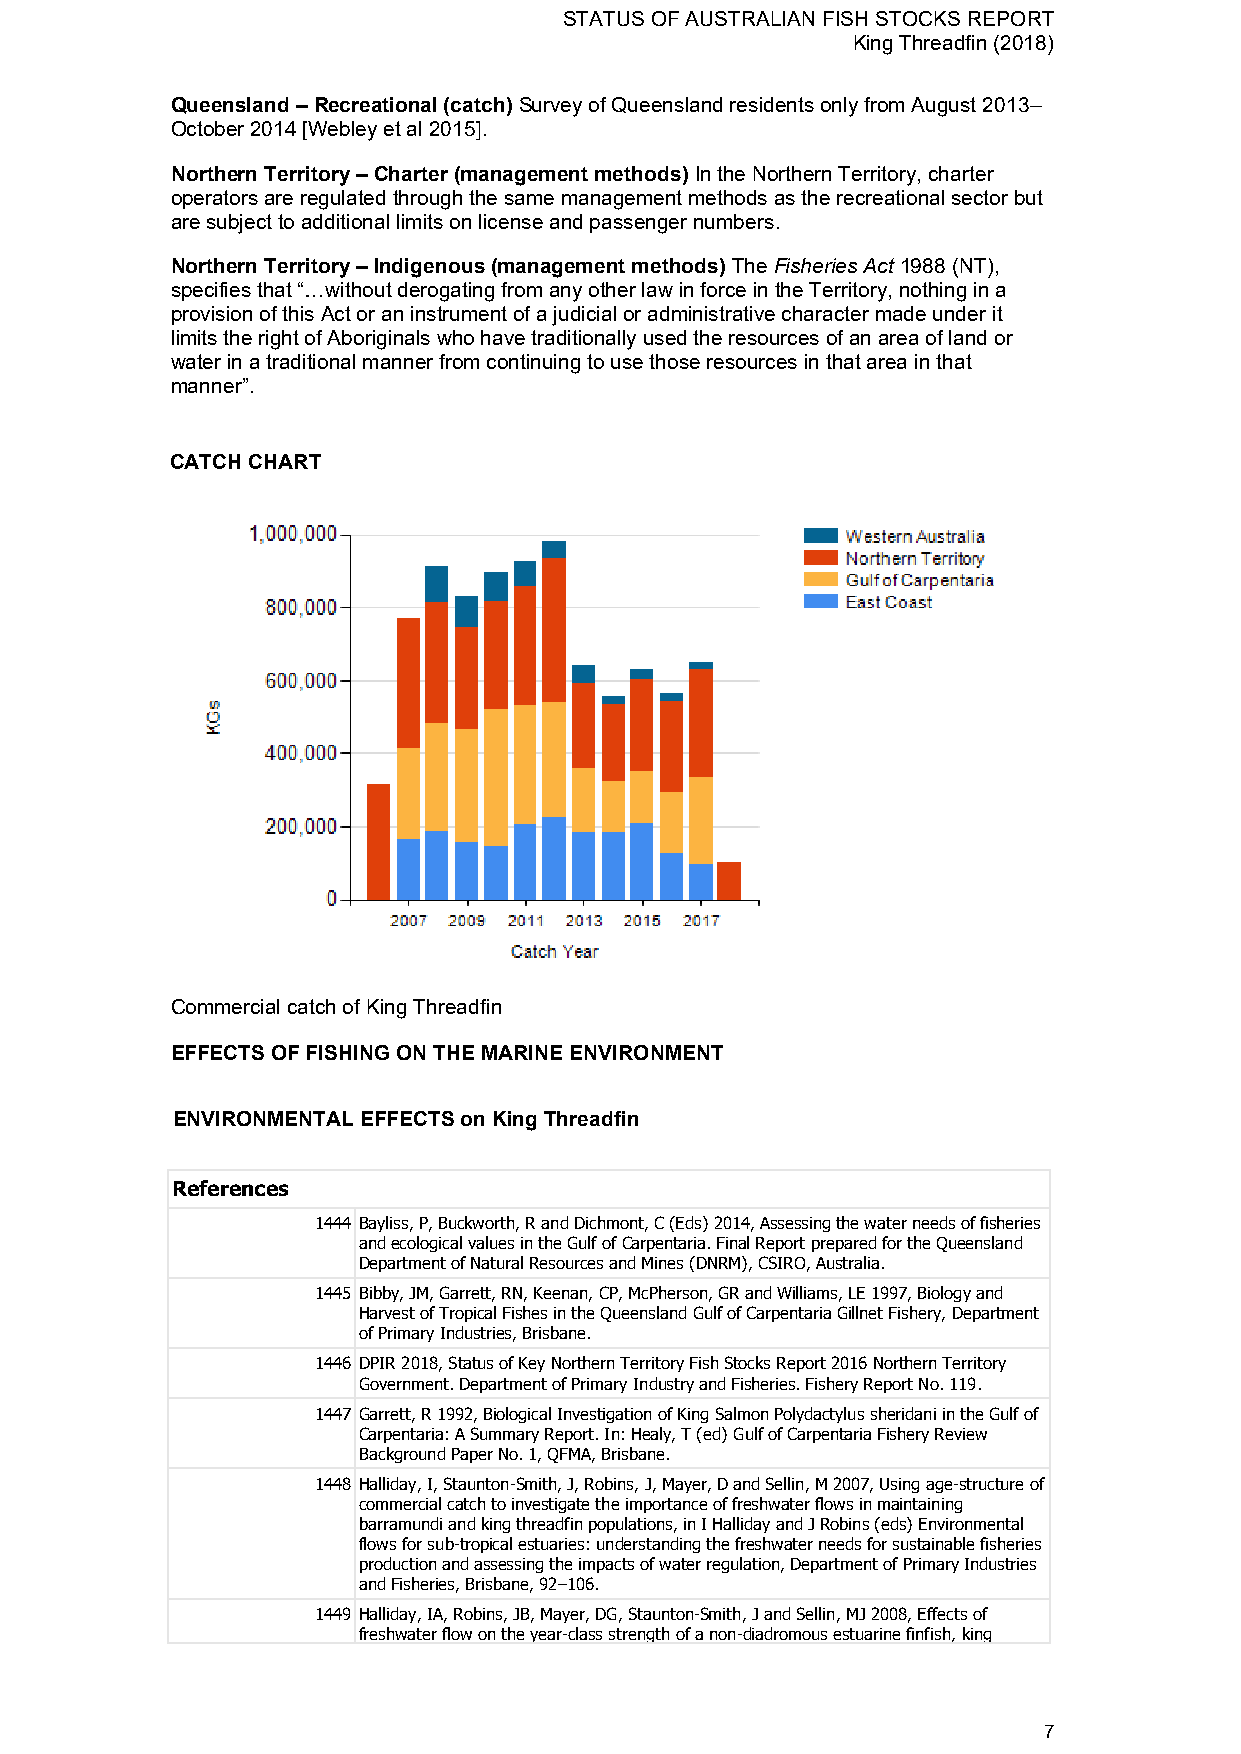
STATUS OF AUSTRALIAN FISH STOCKS REPORT
 King Threadfin (2018)
 Queensland – Recreational (catch) Survey of Queensland residents only from August 2013–
 October 2014 [Webley et al 2015].
 Northern Territory – Charter (management methods) In the Northern Territory, charter
 operators are regulated through the same management methods as the recreational sector but
 are subject to additional limits on license and passenger numbers.
 Northern Territory – Indigenous (management methods) The Fisheries Act 1988 (NT),
 specifies that “…without derogating from any other law in force in the Territory, nothing in a
 provision of this Act or an instrument of a judicial or administrative character made under it
 limits the right of Aboriginals who have traditionally used the resources of an area of land or
 water in a traditional manner from continuing to use those resources in that area in that
 manner”.
 CATCH CHART
 Commercial catch of King Threadfin
 EFFECTS OF FISHING ON THE MARINE ENVIRONMENT
 ENVIRONMENTAL EFFECTS on King Threadfin
 References
 1444 Bayliss, P, Buckworth, R and Dichmont, C (Eds) 2014, Assessing the water needs of fisheries
 and ecological values in the Gulf of Carpentaria. Final Report prepared for the Queensland
 Department of Natural Resources and Mines (DNRM), CSIRO, Australia.
 1445 Bibby, JM, Garrett, RN, Keenan, CP, McPherson, GR and Williams, LE 1997, Biology and
 Harvest of Tropical Fishes in the Queensland Gulf of Carpentaria Gillnet Fishery, Department
 of Primary Industries, Brisbane.
 1446 DPIR 2018, Status of Key Northern Territory Fish Stocks Report 2016 Northern Territory
 Government. Department of Primary Industry and Fisheries. Fishery Report No. 119.
 1447 Garrett, R 1992, Biological Investigation of King Salmon Polydactylus sheridani in the Gulf of
 Carpentaria: A Summary Report. In: Healy, T (ed) Gulf of Carpentaria Fishery Review
 Background Paper No. 1, QFMA, Brisbane.
 1448 Halliday, I, Staunton-Smith, J, Robins, J, Mayer, D and Sellin, M 2007, Using age-structure of
 commercial catch to investigate the importance of freshwater flows in maintaining
 barramundi and king threadfin populations, in I Halliday and J Robins (eds) Environmental
 flows for sub-tropical estuaries: understanding the freshwater needs for sustainable fisheries
 production and assessing the impacts of water regulation, Department of Primary Industries
 and Fisheries, Brisbane, 92–106.
 1449 Halliday, IA, Robins, JB, Mayer, DG, Staunton-Smith, J and Sellin, MJ 2008, Effects of
 freshwater flow on the year-class strength of a non-diadromous estuarine finfish, king
 7